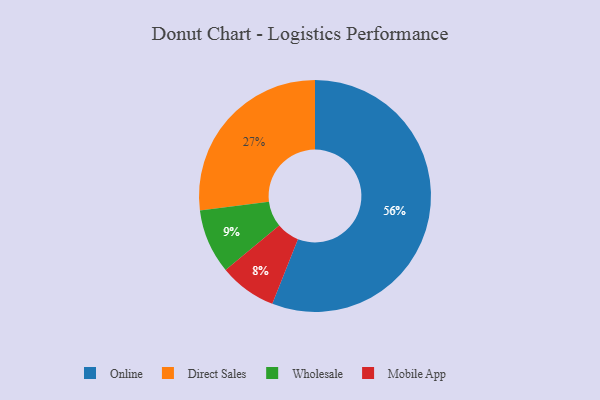
{"axis": {"x": "Category", "y": "Percentage"}, "legend": ["Direct Sales", "Mobile App", "Online", "Wholesale"], "data": [{"x": "Direct Sales", "y": 27, "type": "Direct Sales"}, {"x": "Online", "y": 56, "type": "Online"}, {"x": "Mobile App", "y": 8, "type": "Mobile App"}, {"x": "Wholesale", "y": 9, "type": "Wholesale"}]}